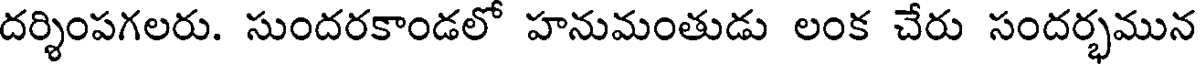
దర్శింపగలరు. సుందరకాండలో హనుమంతుడు లంక చేరు సందర్భమున